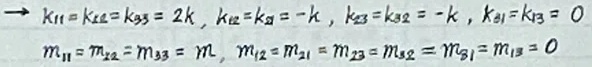
\[
\begin{align*}
&k_{11}=k_{22}=k_{33}=2k,\ k_{12}=k_{21}=-k,\ k_{23}=k_{32}=-k,\ k_{31}=k_{13}=0\\
&m_{11}=m_{22}=m_{33}=m,\ m_{12}=m_{21}=m_{23}=m_{32}=m_{31}=m_{13}=0
\end{align*}
\]